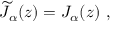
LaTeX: \widetilde J _ { \alpha } ( z ) = J _ { \alpha } ( z ) ~ ,